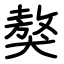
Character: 獒